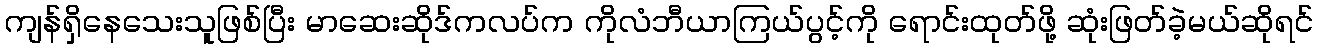
ကျန်ရှိနေသေးသူဖြစ်ပြီး မာဆေးဆိုဒ်ကလပ်က ကိုလံဘီယာကြယ်ပွင့်ကို ရောင်းထုတ်ဖို့ ဆုံးဖြတ်ခဲ့မယ်ဆိုရင်